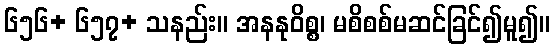
၆၅၆+ ၆၅၇+ သနည်း။ အနနုဝိစ္စ၊ မစိစစ်မဆင်ခြင်၍မူ၍။